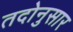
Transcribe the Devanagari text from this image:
तदोनुसार